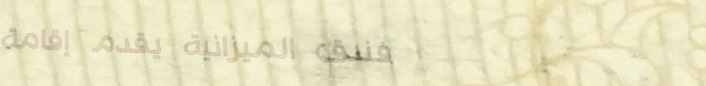
فندق الميزانية يقدم إقامة